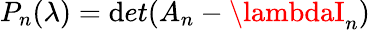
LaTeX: P_{n}(\lambda)=\mathrm{d}et(A_{n}-\lambdaI_{n})